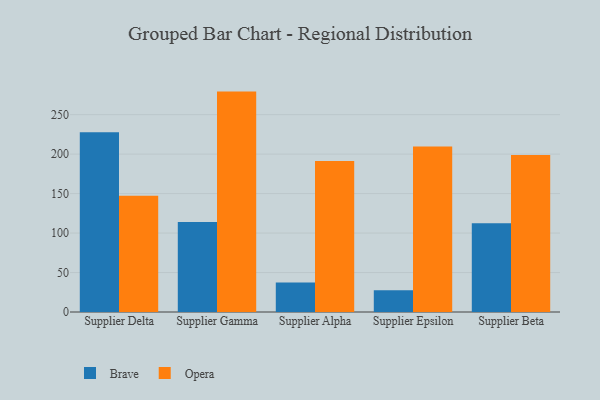
{"axis": {"x": "Supplier", "y": "Population (Million)"}, "legend": ["Brave", "Opera"], "data": [{"x": "Supplier Delta", "y": 227.6, "type": "Brave"}, {"x": "Supplier Delta", "y": 147.3, "type": "Opera"}, {"x": "Supplier Gamma", "y": 114.1, "type": "Brave"}, {"x": "Supplier Gamma", "y": 279.2, "type": "Opera"}, {"x": "Supplier Alpha", "y": 37.3, "type": "Brave"}, {"x": "Supplier Alpha", "y": 191.4, "type": "Opera"}, {"x": "Supplier Epsilon", "y": 27.4, "type": "Brave"}, {"x": "Supplier Epsilon", "y": 209.7, "type": "Opera"}, {"x": "Supplier Beta", "y": 112.5, "type": "Brave"}, {"x": "Supplier Beta", "y": 198.8, "type": "Opera"}]}